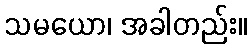
သမယော၊ အခါတည်း။